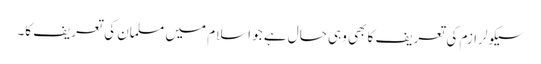
سیکولرازم کی تعریف کا بھی وہی حال ہے جو اسلام میں مسلمان کی تعریف کا۔